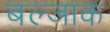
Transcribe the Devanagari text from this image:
बल्जाक